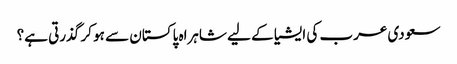
سعودی عرب کی ایشیا کے لیے شاہراہ پاکستان سے ہو کر گذرتی ہے؟